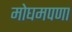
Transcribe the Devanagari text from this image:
मोघमपणा